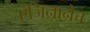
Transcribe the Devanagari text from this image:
एंजिनानेच